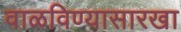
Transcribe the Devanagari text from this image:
वाळविण्यासारखा